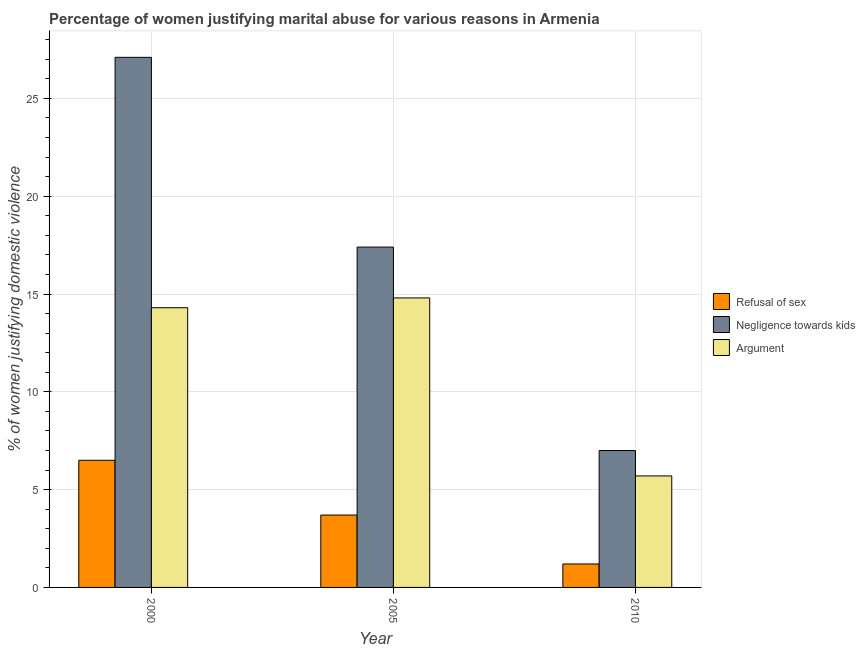
| Year | Refusal of sex | Negligence towards kids | Argument |
 | --- | --- | --- | --- |
 | 2000 | 6.5 | 27.1 | 14.3 |
 | 2005 | 3.7 | 17.4 | 14.8 |
 | 2010 | 1.2 | 7 | 5.7 |